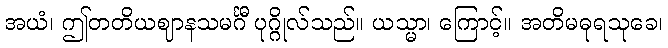
အယံ၊ ဤတတိယဈာနသမင်္ဂီ ပုဂ္ဂိုလ်သည်။ ယသ္မာ၊ ကြောင့်။ အတိမဓုရသုခေ၊